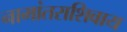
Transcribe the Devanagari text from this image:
नामांतराशिवाय